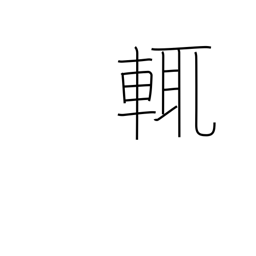
Meaning: i.e.